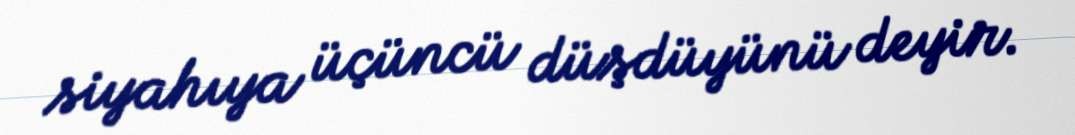
siyahıya üçüncü düşdüyünü deyir.